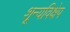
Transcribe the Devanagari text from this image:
शून्यविक्षेप